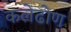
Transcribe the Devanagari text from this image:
कलेढोण